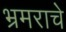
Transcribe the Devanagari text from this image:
भ्रमराचे